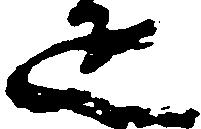
疋